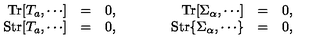
\begin{array} { r c l c r c l } { \mathrm { T r } [ T _ { a } , \cdots ] } & { = } & { 0 , } & { { \qquad } } & { \mathrm { T r } [ \Sigma _ { \alpha } , \cdots ] } & { = } & { 0 , } \\ { \mathrm { S t r } [ T _ { a } , \cdots ] } & { = } & { 0 , } & { { \qquad } } & { \mathrm { S t r } \{ \Sigma _ { \alpha } , \cdots \} } & { = } & { 0 , } \\ \end{array}